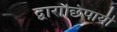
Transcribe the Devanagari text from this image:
द्वाराछिपायी